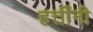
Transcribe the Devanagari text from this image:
हत्तींनी